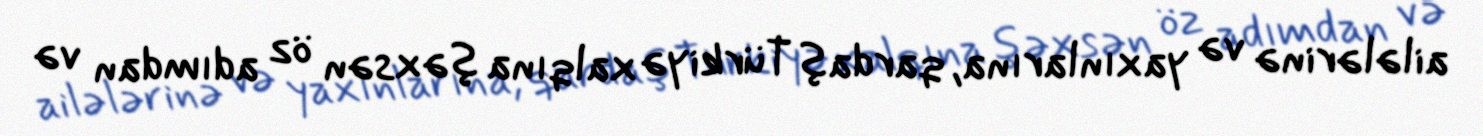
ailələrinə və yaxınlarına, qardaş Türkiyə xalqına şəxsən öz adımdan və